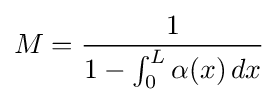
M={\frac {1}{1-\int _{0}^{L}\alpha (x)\,dx}}